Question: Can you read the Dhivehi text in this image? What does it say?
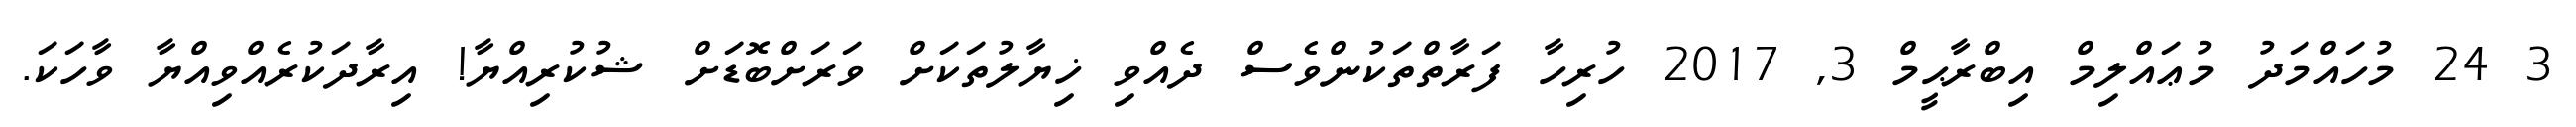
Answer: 3 24 މުހައްމަދު މުޢައްލިމް އިބްރާޙީމް 3, 2017 ހުރިހާ ފަރާތްތަކުންވެސް ދެއްވި ޚިޔާލުތަކަށް ވަރަށްބޮޑަށް ޝުކުރިއްޔާ! އިރާދަކުރެއްވިއްޔާ ވާހަކަ.